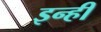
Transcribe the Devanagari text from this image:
इन्‍ही